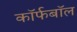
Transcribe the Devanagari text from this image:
कॉर्फबॉल